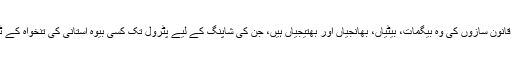
دوسری طرف ان قانون سازوں کی وہ بیگمات، بیٹیاں، بھانجیاں اور بھتیجیاں ہیں، جن کی شاپنگ کے لیے پٹرول تک کسی بیوہ استانی کی تنخواہ کے ٹیکس سے آتا ہے۔